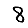
Digit: 8